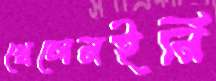
খেলেনইনি